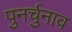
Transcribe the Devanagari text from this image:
पुनर्चुनाव